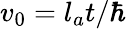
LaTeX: v_{0}=l_{a}t/\hbar